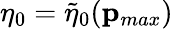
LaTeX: \eta_{0}=\tilde{\eta}_{0}(\mathbf{p}_{max})